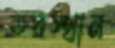
তরস্থান